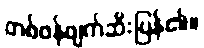
တစ်ဖန်ဖျက်ဆီးပြန်၏။